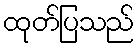
ထုတ်ပြသည်